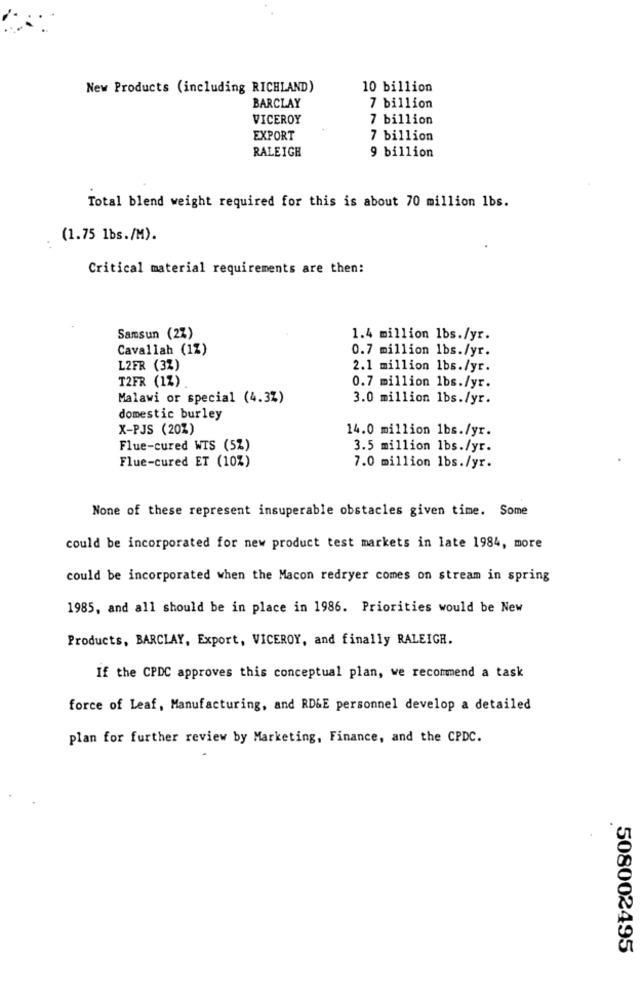
New Products (including RICHLAND)
10 billion
BARCLAY
7 billion
VICEROY
7 billion
EXPORT
7 billion
RALEIGH
9 billion
Total blend weight required for this is about 70 million 1bs.
(1.75 1bs./M).
Critical material requirements are then:
Samsun (2%)
1.4 million lbs./yr.
Cavallah (1%)
0.7 million 1bs./yr.
L2FR (3%)
2.1 million lbs./yr.
T2FR (1%)
0.7 million 1bs./yr.
Malawi or special (4.3%)
3.0 million lbs./yr.
domestic burley
X-PJS (20%)
14.0 million 1bs./yr.
Flue-cured WTS (5%)
3.5 million lbs./yr.
Flue-cured ET (10%)
7.0 million lbs./yr.
None of these represent insuperable obstacles given time. Some
could be incorporated for new product test markets in late 1984, more
could be incorporated when the Macon redryer comes on stream in spring
1985, and all should be in place in 1986. Priorities would be New
Products, BARCLAY, Export, VICEROY, and finally RALEIGH.
If the CPDC approves this conceptual plan, we recommend a task
force of Leaf, Manufacturing, and RD&E personnel develop a detailed
plan for further review by Marketing, Finance, and the CPDC.
508002495